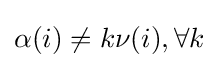
\alpha (i)\neq k\nu (i),\forall k